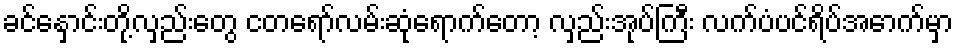
ခင်နှောင်းတို့လှည်းတွေ ငတရော်လမ်းဆုံရောက်တော့ လှည်းအုပ်ကြီး လက်ပံပင်ရိပ်အောက်မှာ